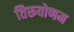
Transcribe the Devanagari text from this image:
तिरूवोणम